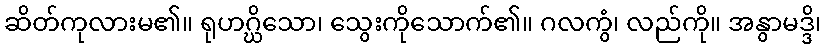
ဆိတ်ကုလားမ၏။ ရုဟဂ္ဃိသော၊ သွေးကိုသောက်၏။ ဂလကွံ၊ လည်ကို။ အနွာမဒ္ဒိ၊